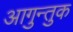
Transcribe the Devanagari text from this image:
आगुन्तुक